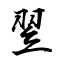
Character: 翌